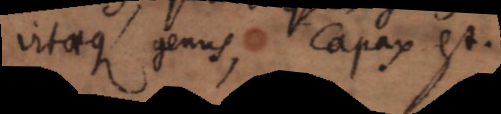
vitaeque genus, capax est.